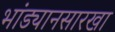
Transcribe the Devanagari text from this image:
भांड्यानसारखा